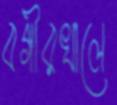
বগীরখালে